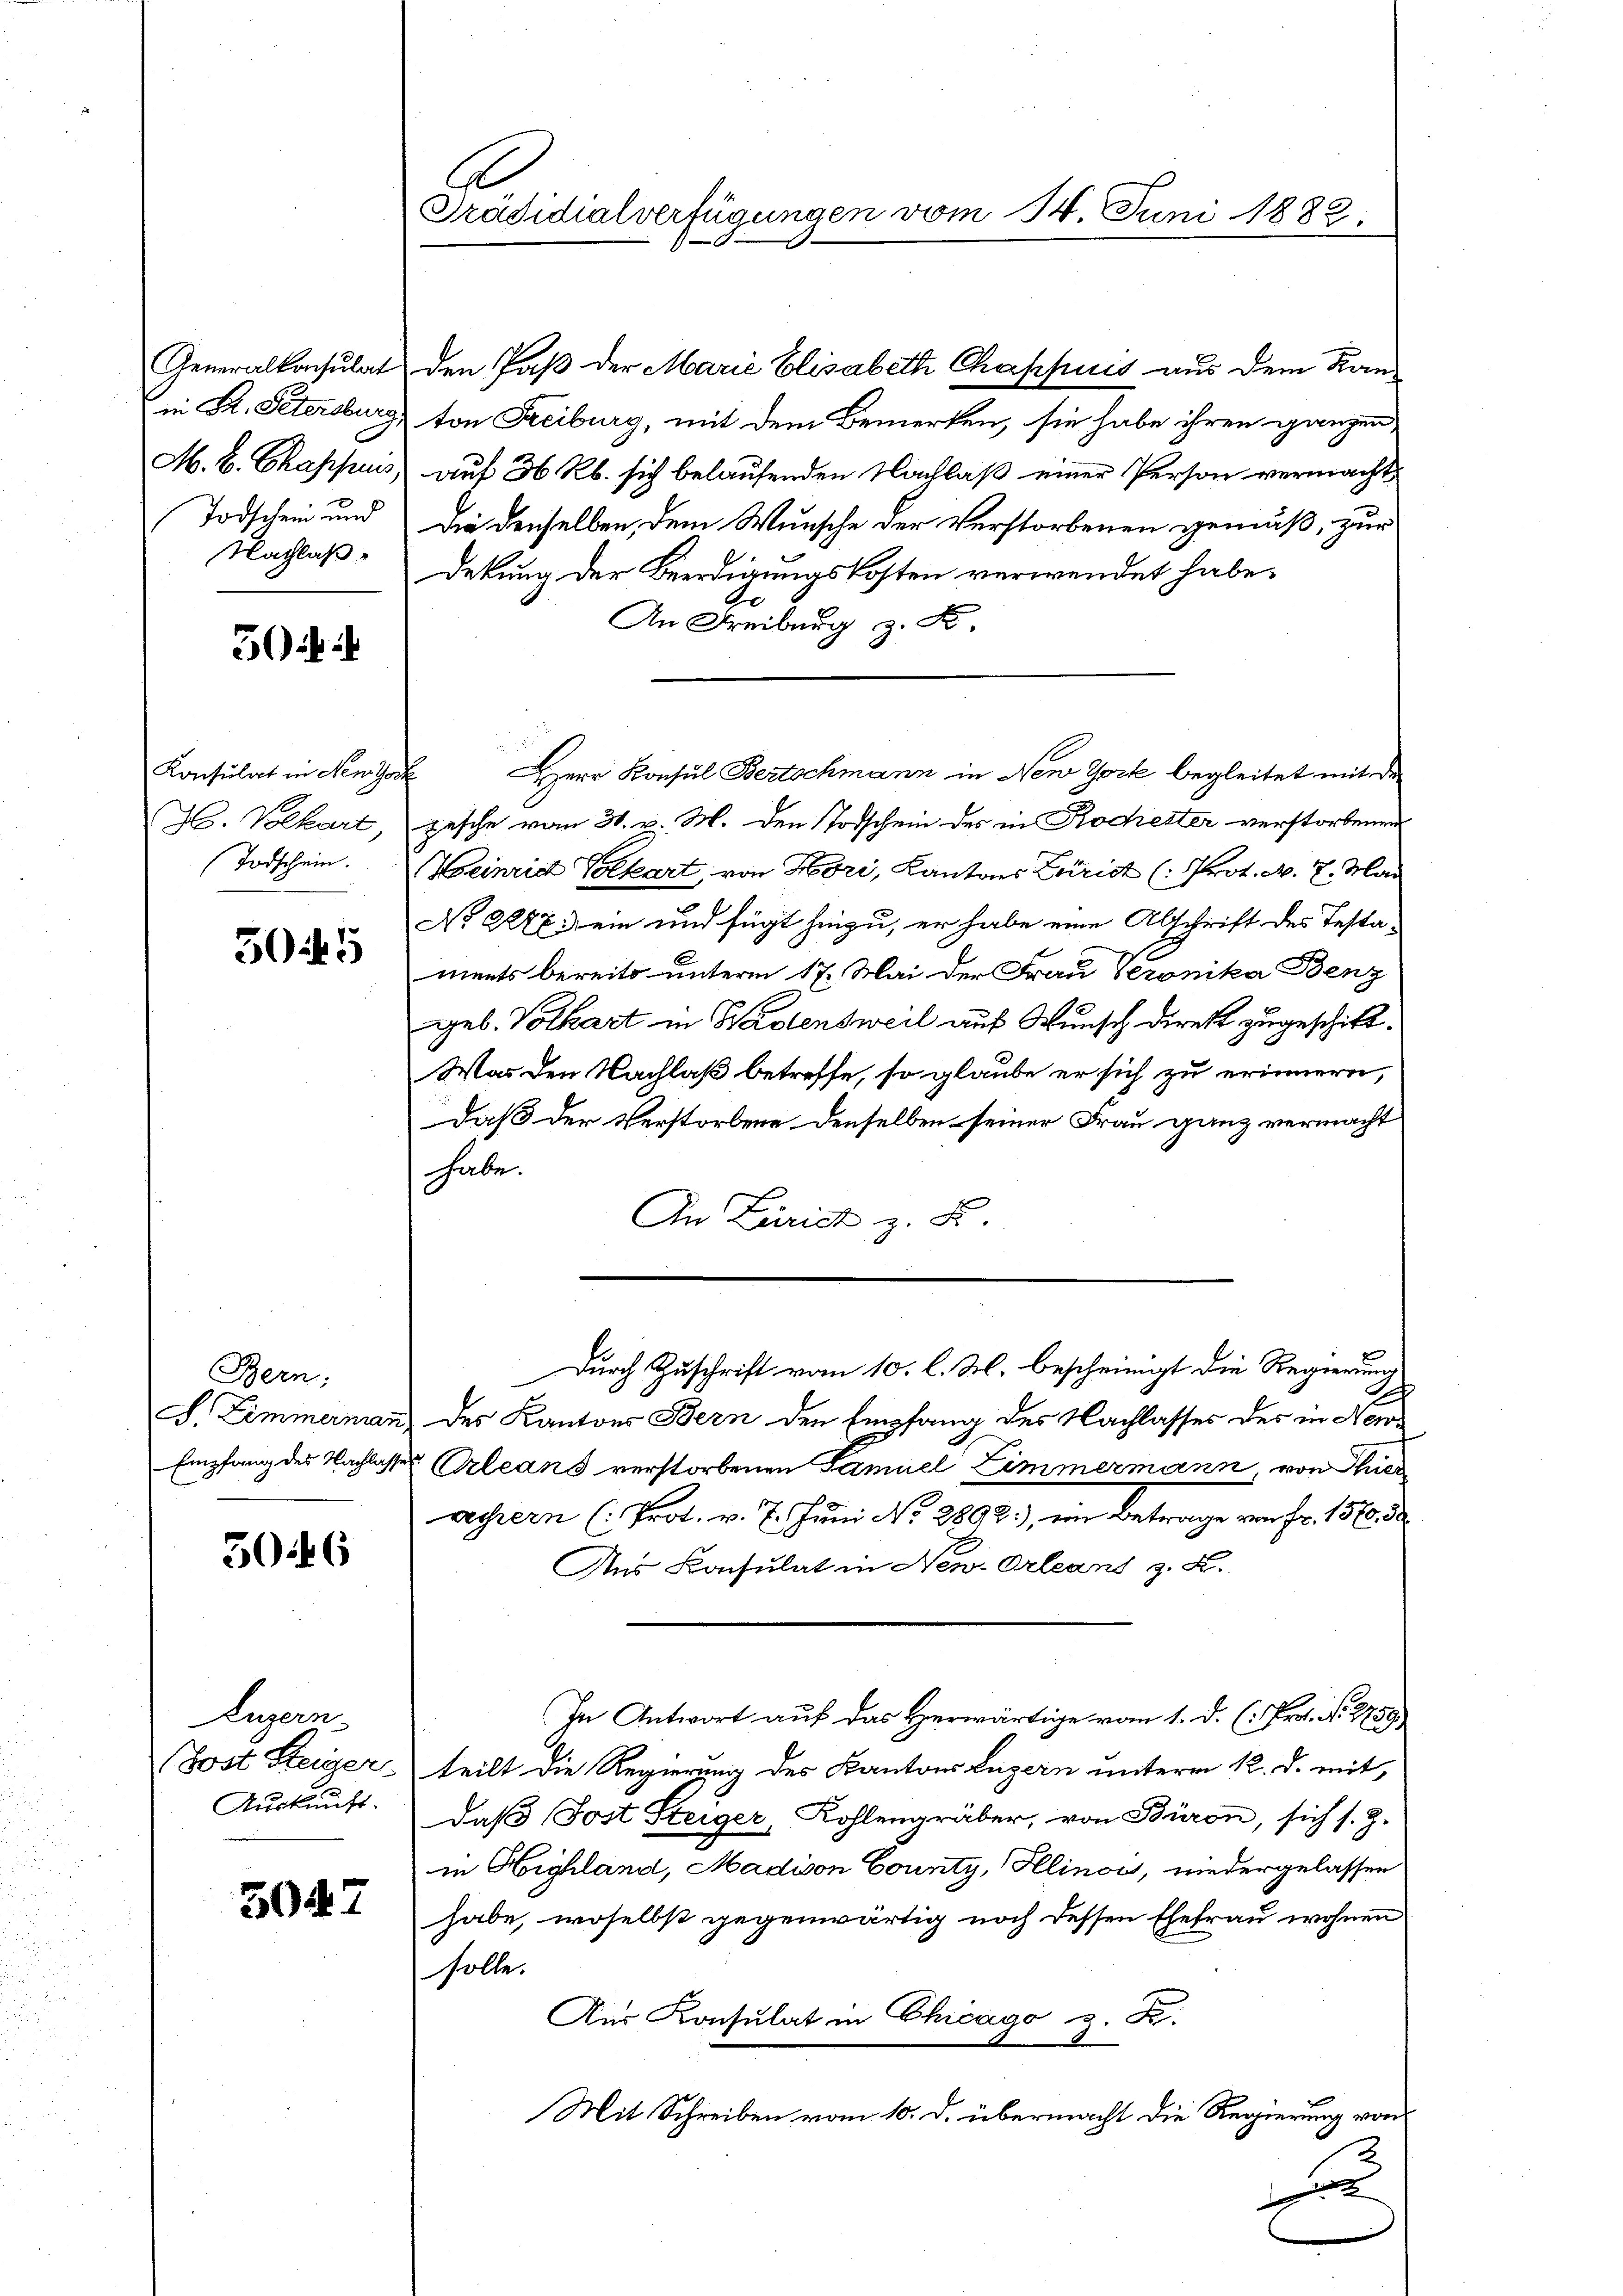
Nachlaß

50f a

Konsulat in Nenzose
Todschein.

504 5

Bern.

3046

Luzern.

3047

Präsidialverfügungen vom 14. Juni 1883.

in Dr. Petersburg von Freiburg, mit dem Bemerken, sie habe ihren ganzen
M. B. Chappus auf 36 Rb. sich belaufenden Nachlaß einer Person vermacht
Todschein und die denselben, dem Wunsche der Verstorbenen gemäß, zur
dekung der Beerdigungskosten verwendet habe.
An Freiburg z. F
H. Volkart, gesche vom 31. v. M. den Todschein des in Kocherter verstorbenen
Heinrid Volkart, von Hori, Kantons Zürich (: Prot. N. 7. Mai
No 2278) ein und fügt hinzu, er habe eine Abschrift des Testa-
ments bereits unterm 17. Mai der Frau Veronika Benz
geb. Volkart in Wadensweil auf Wunsch direkt zugeschickt.
Was den Nachlaß betreffe, so glaube er sich zu erinnern,
Daß der Verstorbene denselben seiner Frau ganz vermacht
habe.
An Zürich z. B.
Durch Zuschrift vom 10. l. M. bescheinigt die Regierung
Ih
F. Zimmerman des Kantons Bern den Empfang des Nachlasses des in New-
Empfang des Nachlasser Orleans verstorbenen Samuel Zimmermann, von Thier
wessern (: Prot. v. 7. Jŭni No 2898), im Betrage von Fr. 1570. 30
Aus Konsulat in New-Orleant z. B.
In Antwort auf das Herwärtige vom 1. d. (: Prot. N. 2759
Post Steiger teilt die Regierung des Kantons Luzern unterm K. d. mit,
Auskauft. Daß Jost Steiger, Kohlengräber, von Büron, sich s. Z.
in Highland, Madison County, Illinois, niedergelassen
habe, woselbst gegenwärtig noch dessen Ehefrau wohnen
solle.
Aur Konsulat in Chicago z. Z.
Mit Schreiben vom 10. d. übermacht die Regierung von
.
12

Generalkonsulat den Paß der Marie Elisabeth Chappuis aus dem Kan¬

Herr Konsul Bertschmann in New York begleitet mit der